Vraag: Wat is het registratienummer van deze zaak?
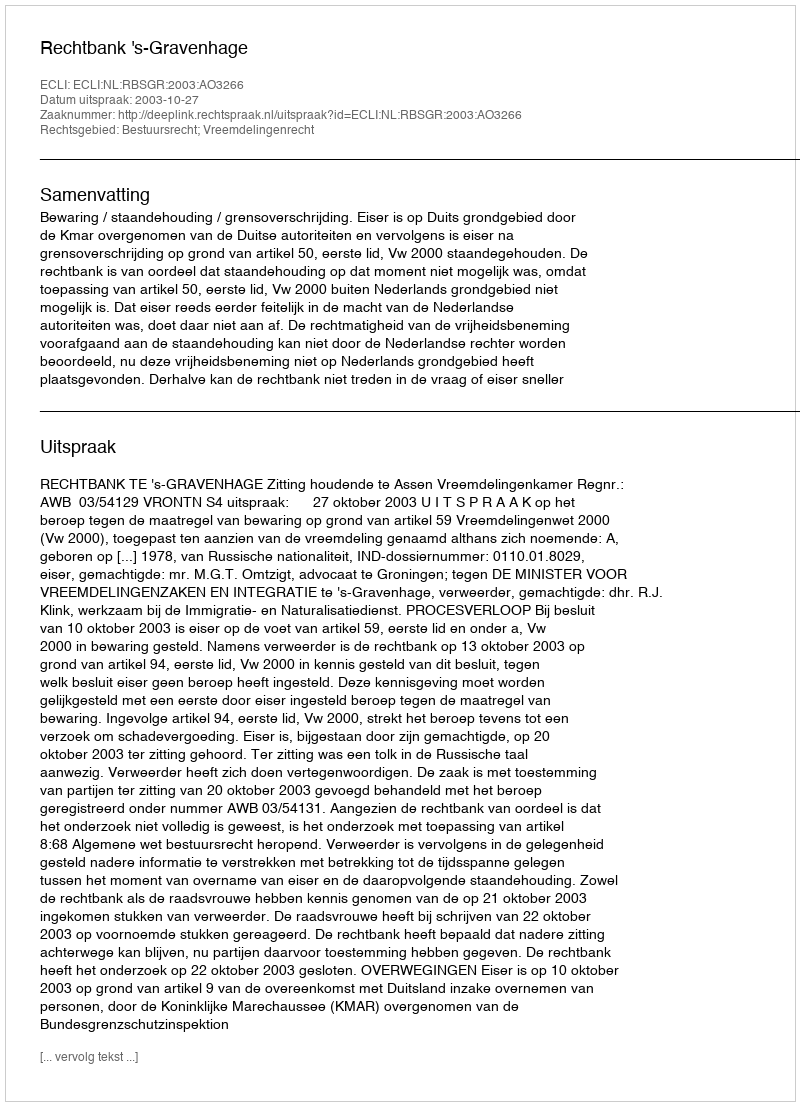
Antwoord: http://deeplink.rechtspraak.nl/uitspraak?id=ECLI:NL:RBSGR:2003:AO3266